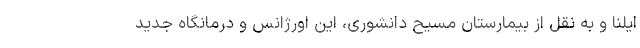
ایلنا و به نقل از بیمارستان مسیح دانشوری، این اورژانس و درمانگاه جدید